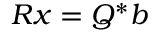
R x = Q ^ { \ast } b